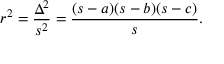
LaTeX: r ^ { 2 } = { \frac { \Delta ^ { 2 } } { s ^ { 2 } } } = { \frac { ( s - a ) ( s - b ) ( s - c ) } { s } } .